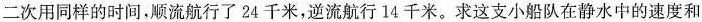
二次用同样的时间，顺流航行了24千米，逆流航行14千米。求这支小船队在静水中的速度和